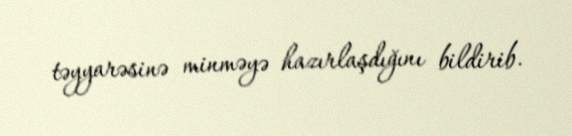
təyyarəsinə minməyə hazırlaşdığını bildirib.